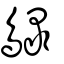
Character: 鵦